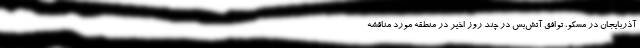
آذربایجان در مسکو، توافق آتش‌بس در چند روز اخیر در منطقه مورد مناقشه